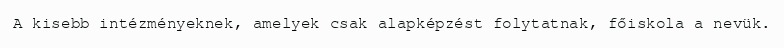
A kisebb intézményeknek, amelyek csak alapképzést folytatnak, főiskola a nevük.